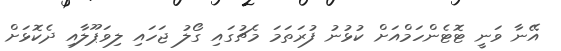
އޭނާ ވަނީ ޓޮޓެންހަމްއަށް ކުޅުނު ފުރަތަމަ މެޗުގައި ގޯލު ޖަހައި ލިވަޕޫލާއި ދެކޮޅަށް